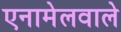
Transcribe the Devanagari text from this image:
एनामेलवाले